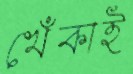
খেঁকাই